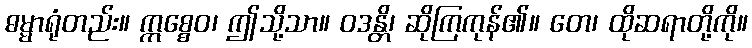
ဓမ္မာရုံတည်း။ ဣစ္စေဝ၊ ဤသို့သာ။ ဝဒန္တိ၊ ဆိုကြကုန်၏။ တေ၊ ထိုဆရာတို့ကို။